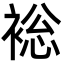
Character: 䙂